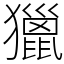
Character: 獵